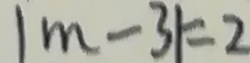
\vert m - 3 \vert = 2